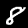
Digit: 8